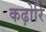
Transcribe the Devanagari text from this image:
कढ़ोरि